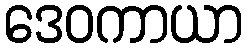
ဒေဝကာယာ